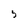
Character: 5